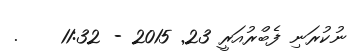
ނުކުރަނި ފެބްރުއަރީ 23